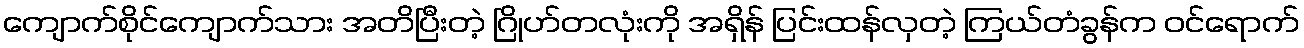
ကျောက်စိုင်ကျောက်သား အတိပြီးတဲ့ ဂြိုဟ်တလုံးကို အရှိန် ပြင်းထန်လှတဲ့ ကြယ်တံခွန်က ဝင်ရောက်